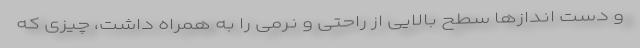
و دست اندازها سطح بالایی از راحتی و نرمی را به همراه داشت، چیزی که